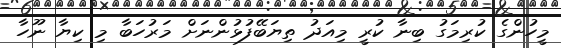
މީހުންގެ ކުރިމަގު ބިނާ ކުރީ މިއަދު ތިޔަބޭފުޅުންނަށް މަރުހަބާ މި ކިޔާ ނޫހާ